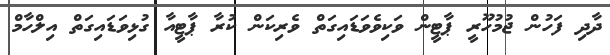
ދާދި ފަހުން ޖުމުހޫރީ ޕާޓީން ވަކިވެވަޑައިގަތް ވެރިކަން ކުރާ ޕާޓީއާ ގުޅިވަޑައިގަތް އިލްހާމް